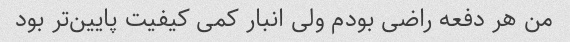
من هر دفعه راضی بودم ولی انبار کمی کیفیت پایین‌تر بود